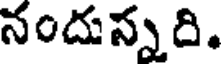
నందున్నది.